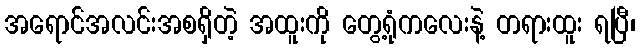
အရောင်အလင်းအစရှိတဲ့ အထူးကို တွေ့ရုံကလေးနဲ့ တရားထူး ရပြီ၊